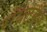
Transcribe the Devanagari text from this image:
रॉयटमैन